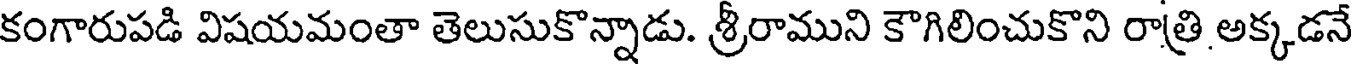
కంగారుపడి విషయమంతా తెలుసుకొన్నాడు. శ్రీరాముని కౌగిలించుకొని రాత్రి అక్కడనే